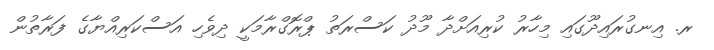
ރ. އިނގުރައިދޫގައި މިހާރު ކުރިއަށްދާ މޫދު ކަސްރަތު ޕްރޮގްރާމަކީ ދިވެހި އަސްކަރިއްޔާގެ ފަރާތުން